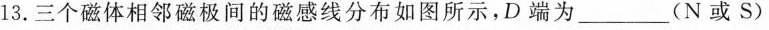
13.三个磁体相邻磁极间的磁感线分布如图所示，D端为___(N或S)